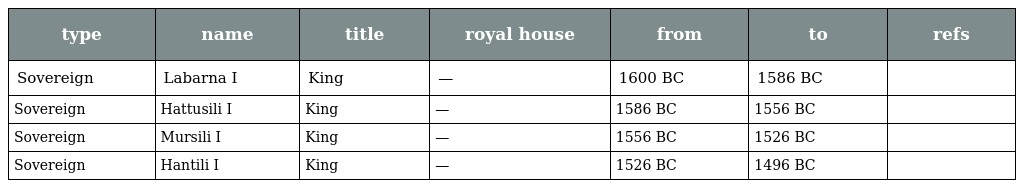
| type | name | title | royal house | from | to | refs |
 | --- | --- | --- | --- | --- | --- | --- |
 | Sovereign | Labarna I | King | — | 1600 BC | 1586 BC |  |
 | Sovereign | Hattusili I | King | — | 1586 BC | 1556 BC |  |
 | Sovereign | Mursili I | King | — | 1556 BC | 1526 BC |  |
 | Sovereign | Hantili I | King | — | 1526 BC | 1496 BC |  |